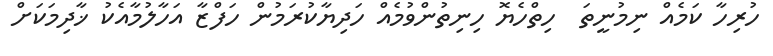
ހުރިހާ ކަމެއް ނިމުނީތަ  ހިތްހެޔޮ ހިނިތުންވުމެެއް ހަދިޔާކުރަމުން ހަފްޒާ އަހާލުމާއެކު ޚާދިމަކަށް